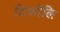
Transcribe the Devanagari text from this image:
टिकौलि